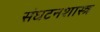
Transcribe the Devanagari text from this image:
संघटनशास्त्र